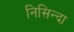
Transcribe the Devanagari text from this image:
निसिन्दा